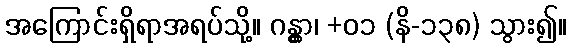
အကြောင်းရှိရာအရပ်သို့။ ဂန္တွာ၊ +၀၁ (နိ-၁၃၈) သွား၍။